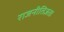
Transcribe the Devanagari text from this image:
राजनीतिज्ञता